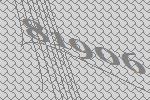
81906